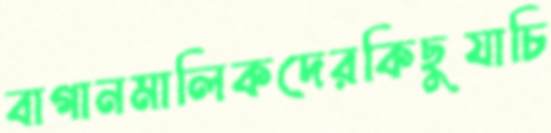
বাগানমালিকদেরকিছুযাচি